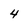
Character: 4